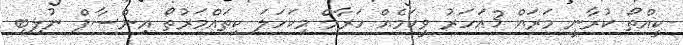
ކީއްތޯ ކުރާނީ މަރައް 3އަހަރު ވީކަމެެއް ހަރާމް މިކަހަލަ ކިތައްމަރުތޯ އިންސާފް ނުލިބި